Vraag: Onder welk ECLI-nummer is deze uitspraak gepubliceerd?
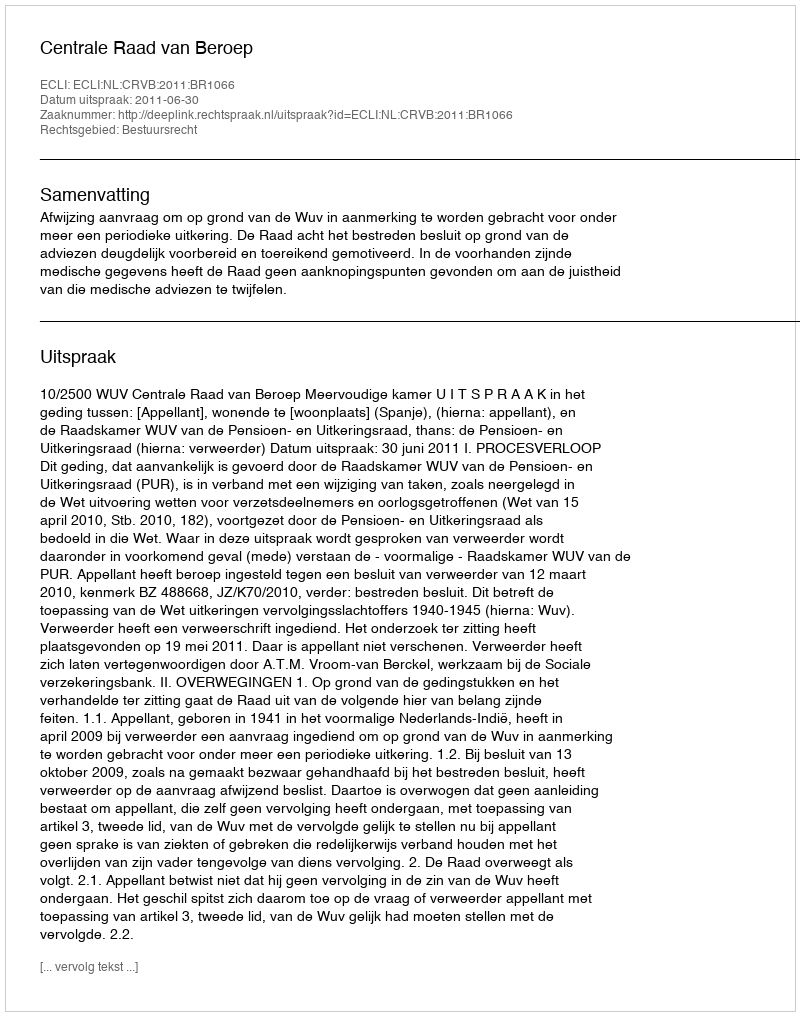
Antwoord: ECLI:NL:CRVB:2011:BR1066